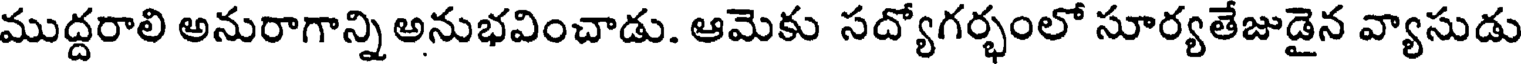
ముద్దరాలి అనురాగాన్ని అనుభవించాడు. ఆమెకు సద్యోగర్భంలో సూర్యతేజుడైన వ్యాసుడు